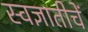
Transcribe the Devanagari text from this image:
स्वज्ञातीचें